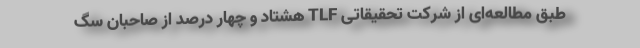
طبق مطالعه‌ای از شرکت تحقیقاتی TLF هشتاد و چهار درصد از صاحبان سگ‌